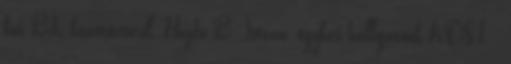
foci BL-közvetítéséről. Hajdú B. István, egykori hallgatónk KOS-1. ,